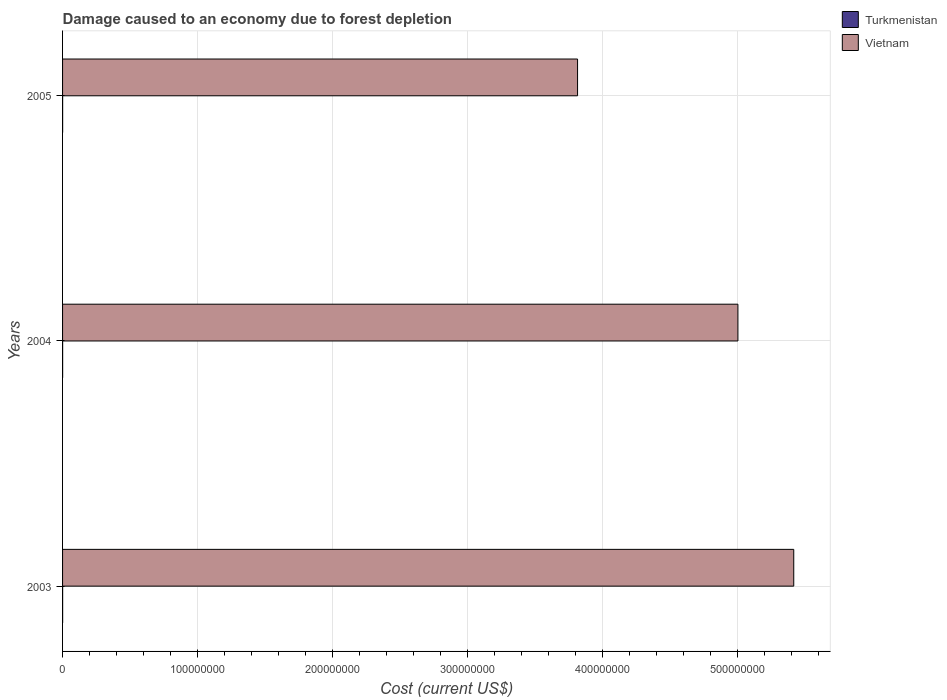
| Years | Turkmenistan | Vietnam |
 | --- | --- | --- |
 | 2003 | 4.78e+04 | 5.42e+08 |
 | 2004 | 4.2e+04 | 5e+08 |
 | 2005 | 4.45e+04 | 3.81e+08 |